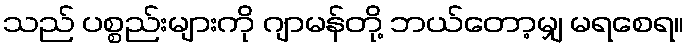
သည် ပစ္စည်းများကို ဂျာမန်တို့ ဘယ်တော့မျှ မရစေရ။